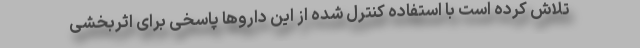
تلاش کرده است با استفاده کنترل شده از این داروها پاسخی برای اثربخشی